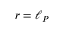
r = \ell _ { P }